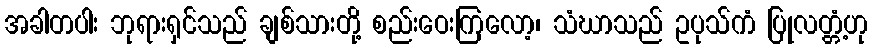
အခါတပါး ဘုရားရှင်သည် ချစ်သားတို့ စည်းဝေးကြလော့၊ သံဃာသည် ဥပုသ်ကံ ပြုလတ္တံ့ဟု